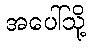
အပေါ်သို့